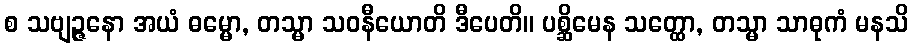
စ သဗျဉ္ဇနော အယံ ဓမ္မော, တသ္မာ သဝနီယောတိ ဒီပေတိ။ ပစ္ဆိမေန သတ္ထော, တသ္မာ သာဓုကံ မနသိ